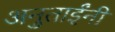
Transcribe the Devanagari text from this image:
अनुताईंनी